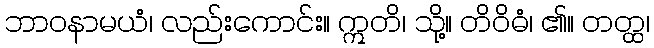
ဘာဝနာမယံ၊ လည်းကောင်း။ ဣတိ၊ သို့။ တိဝိဓံ၊ ၏။ တတ္ထ၊